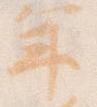
年